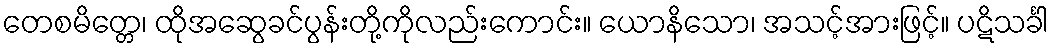
တေစမိတ္တေ၊ ထိုအဆွေခင်ပွန်းတို့ကိုလည်းကောင်း။ ယောနိသော၊ အသင့်အားဖြင့်။ ပဋိသင်္ခါ